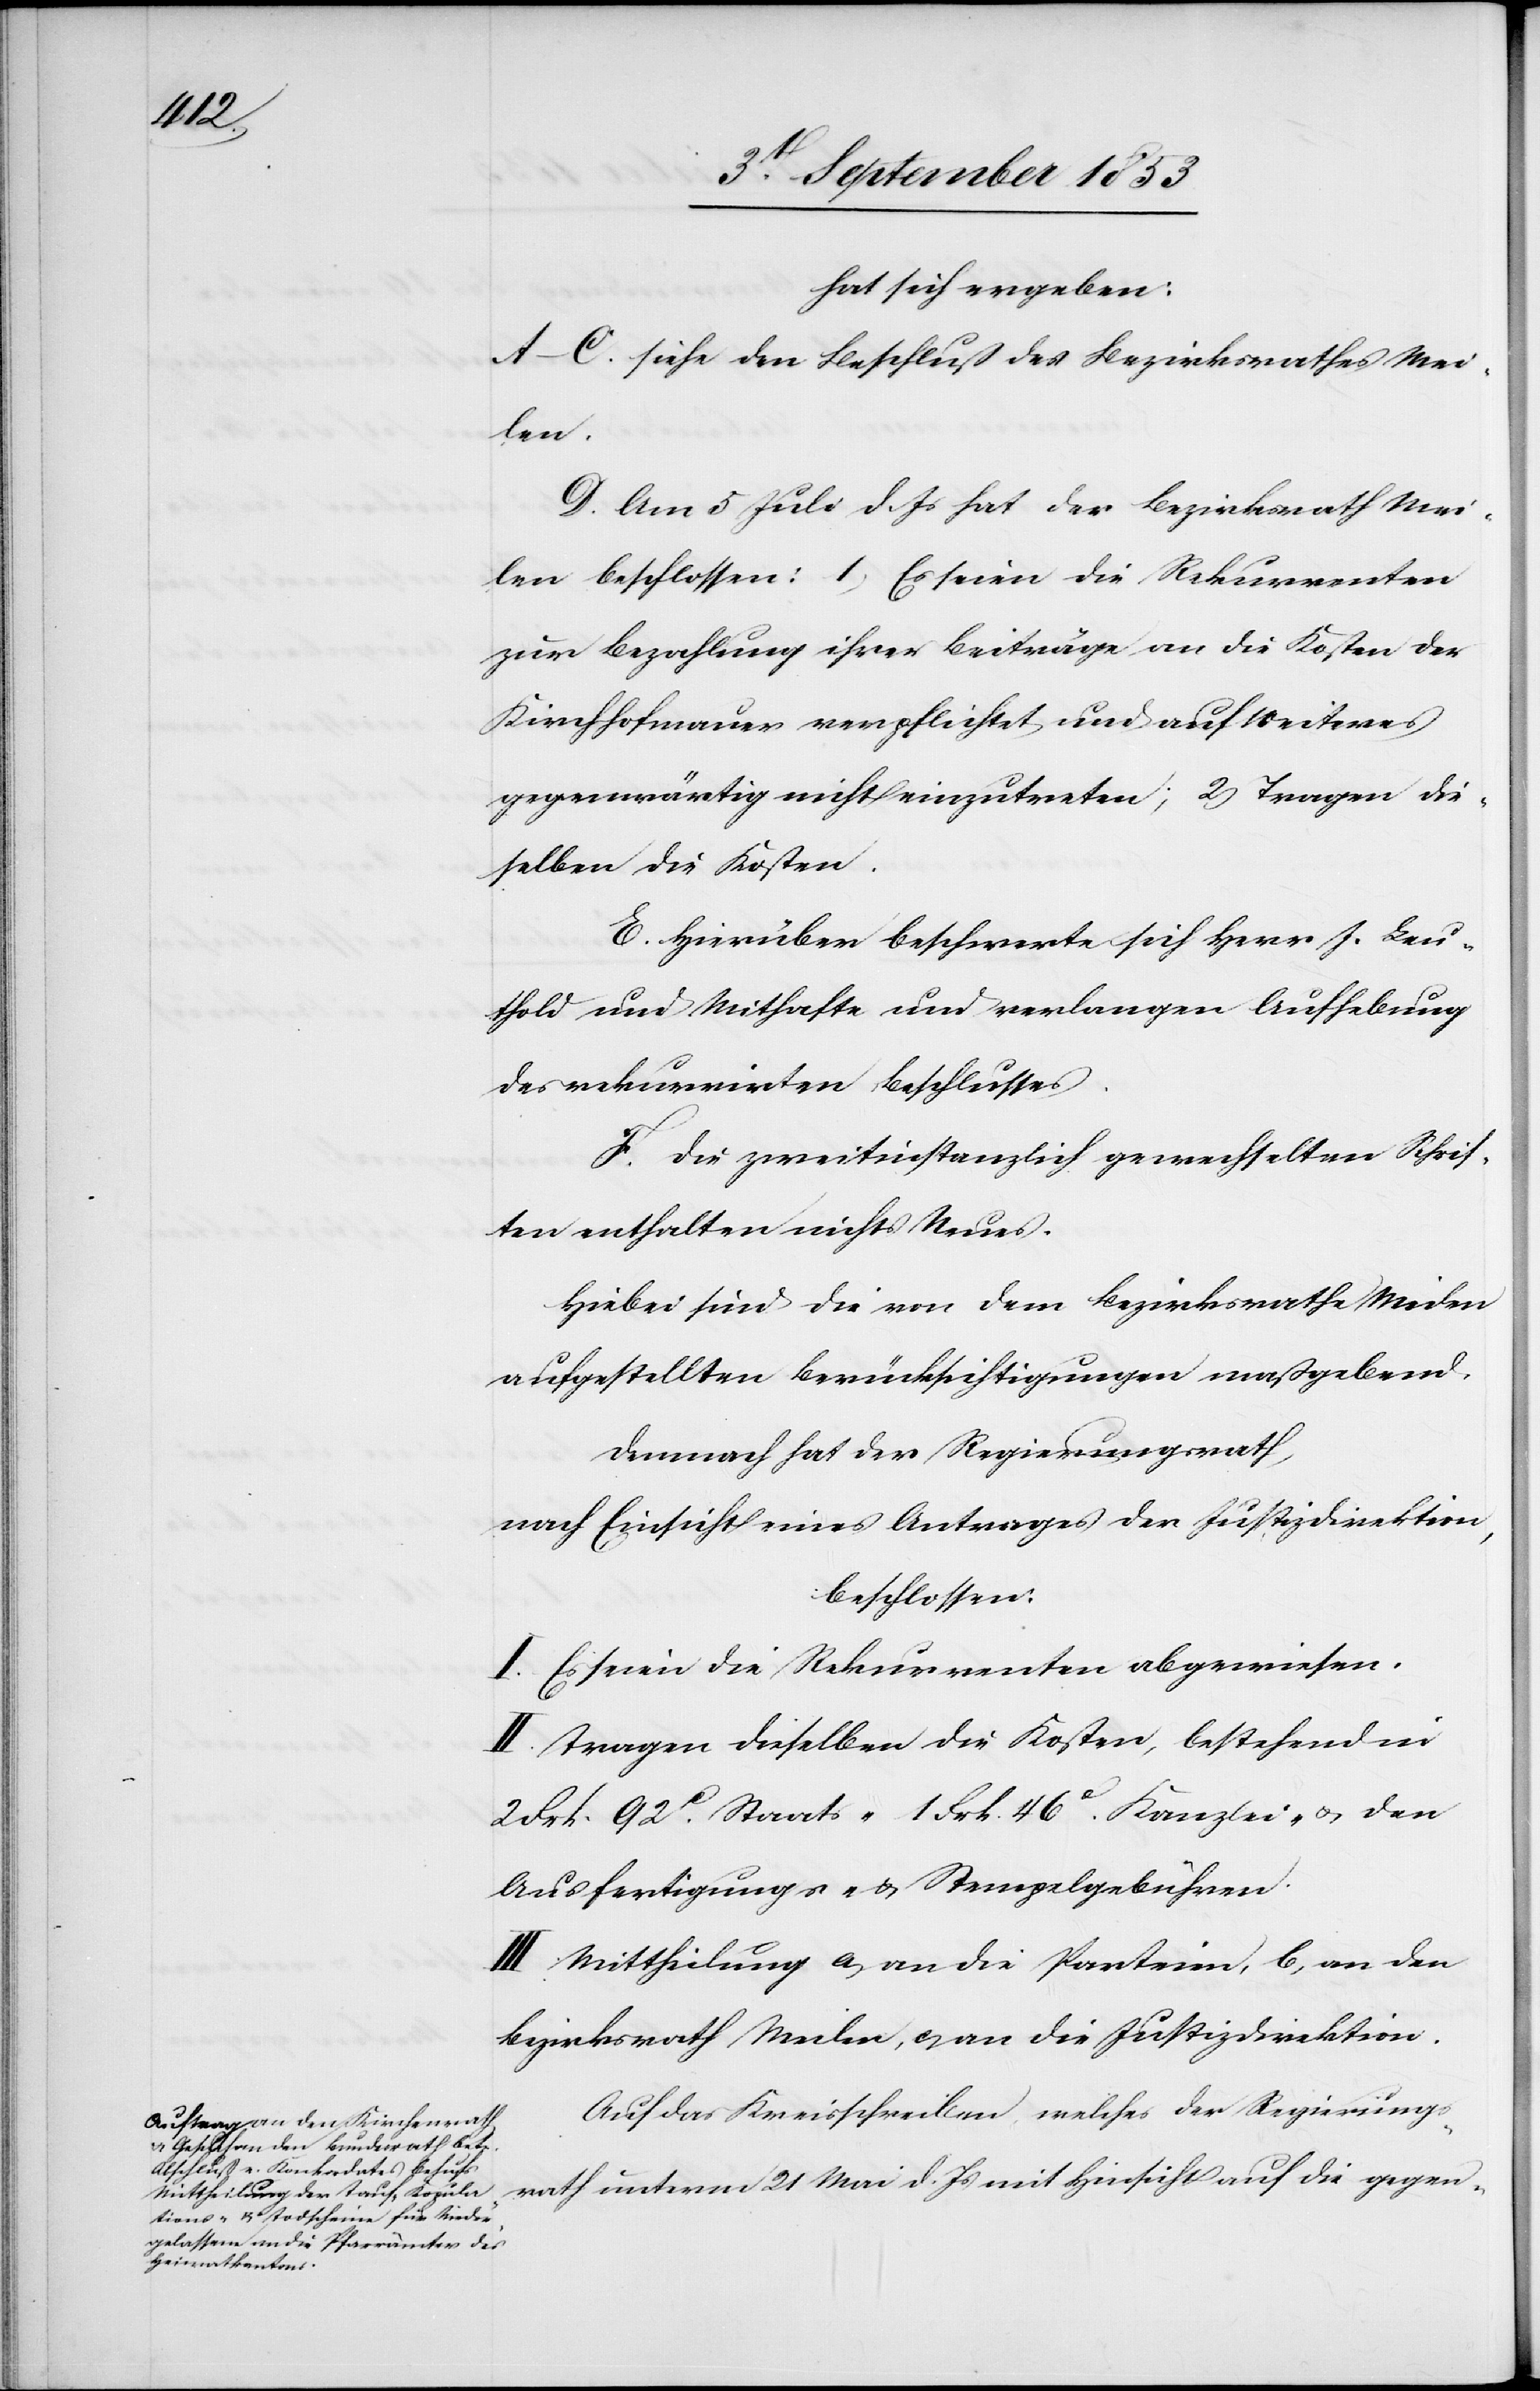
hat sich ergeben:
A–C. siehe den Beschluß des Bezirksrathes Mei¬
len.
D. Am 5 Juli d. Js. hat der Bezirksrath Mei¬
len beschlossen: 1, Es seien die Rekurrenten
zur Bezahlung ihrer Beiträge an die Kosten der
Kirchhofmauer verpflichtet, und auf weiteres
gegenwärtig nicht einzutreten; 2 Tragen die¬
selben die Kosten.
E. Hierüber beschwerte sich Herr J. Leu¬
thold und Mithafte und verlangen Aufhebung
des rekurrirten Beschlusses.
F. Die zweitinstanzlich gewechselten Schrif¬
ten enthalten nichts Neues.
Hiebei sind die von dem Bezirksrathe Meilen
aufgestellten Berücksichtigungen maßgebend.
Demnach hat der Regierungsrath,
nach Einsicht eines Antrages der Justizdirektion,
beschlossen:
I. Es seien die Rekurrenten abgewiesen.
II. Tragen dieselben die Kosten, bestehend in
2 Frk. 92c Staats- 1 Frk. 46c Kanzlei- u. den
Ausfertigungs- u. Stempelgebühren.
III. Mittheilung a, an die Parteien, b, an den
Bezirksrath Meilen, c, an die Justizdirektion.
Auf das Kreisschreiben, welches der Regierungs¬
rath unterm 21 Mai d. Js. mit Hinsicht auf die gegen-